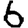
Digit: 6